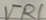
Text: VR1